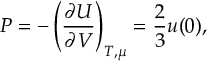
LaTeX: P = - \left( { \frac { \partial U } { \partial V } } \right) _ { T , \mu } = { \frac { 2 } { 3 } } u ( 0 ) ,